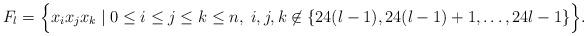
LaTeX: \begin{align*}F_l = \Bigl\{ x_i x_j x_k \;|\; 0 \le i \le j \le k \le n,\; i,j,k \not\in \{ 24(l-1), 24(l-1)+1, \ldots, 24l-1 \} \Bigr\}.\end{align*}